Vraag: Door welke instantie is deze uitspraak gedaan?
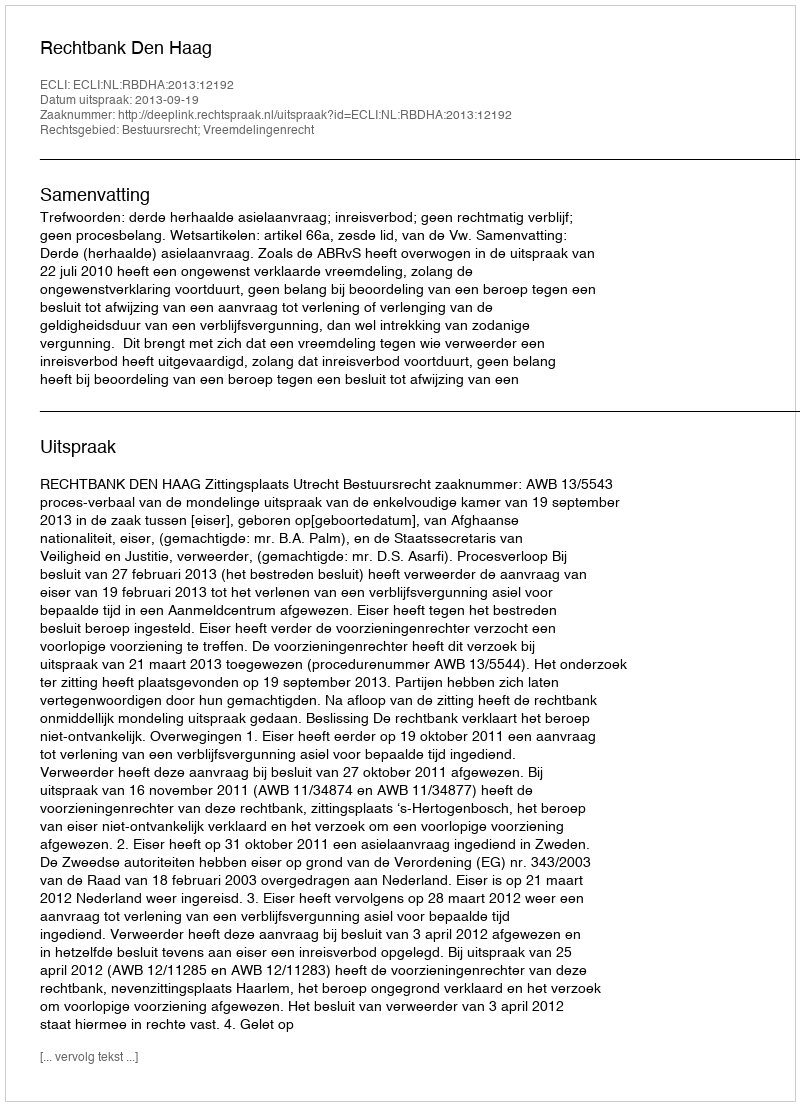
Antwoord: Rechtbank Den Haag